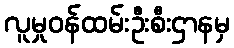
လူမှုဝန်ထမ်းဦးစီးဌာနမှ